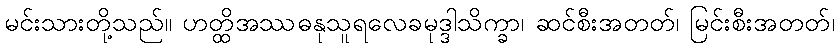
မင်းသားတို့သည်။ ဟတ္ထိအဿဓနုသူရလေခမုဒ္ဒါသိက္ခာ၊ ဆင်စီးအတတ်၊ မြင်းစီးအတတ်၊